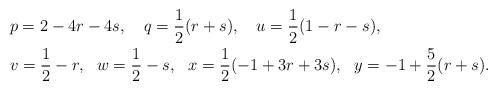
LaTeX: \begin{align*}& p = 2-4r-4s,~~~q = \frac{1}{2}(r + s),~~~u = \frac{1}{2}(1- r - s),\\& v = \frac{1}{2}-r,~~w = \frac{1}{2}-s, ~~x = \frac{1}{2}(-1+3r+3s), ~~y=-1 + \frac{5}{2}(r + s).\end{align*}